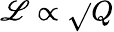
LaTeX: \mathscr{L}\propto\sqrt{}{{Q}}